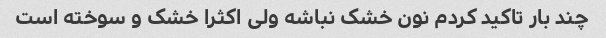
چند بار تاکید کردم نون خشک نباشه ولی اکثرا خشک و سوخته است